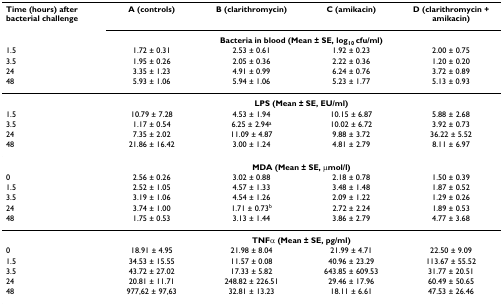
<table><thead><tr><td><b>Time (hours) after bacterial challenge</b></td><td><b>A (controls)</b></td><td><b>B (clarithromycin)</b></td><td><b>C (amikacin)</b></td><td><b>D (clarithromycin + amikacin)</b></td></tr><tr><td></td><td colspan="4"><b>Bacteria in blood (Mean ± SE, log<sub>10 </sub>cfu/ml)</b></td></tr><tr><td><b>1.5</b></td><td><b>1.72 ± 0.31</b></td><td><b>2.53 ± 0.61</b></td><td><b>1.92 ± 0.23</b></td><td><b>2.00 ± 0.75</b></td></tr><tr><td><b>3.5</b></td><td><b>1.95 ± 0.26</b></td><td><b>2.05 ± 0.36</b></td><td><b>2.22 ± 0.36</b></td><td><b>1.20 ± 0.20</b></td></tr><tr><td><b>24</b></td><td><b>3.35 ± 1.23</b></td><td><b>4.91 ± 0.99</b></td><td><b>6.24 ± 0.76</b></td><td><b>3.72 ± 0.89</b></td></tr><tr><td><b>48</b></td><td><b>5.93 ± 1.06</b></td><td><b>5.94 ± 1.06</b></td><td><b>5.23 ± 1.77</b></td><td><b>5.13 ± 0.93</b></td></tr></thead><tbody><tr><td></td><td colspan="4"><b>LPS (Mean ± SE, EU/ml)</b></td></tr><tr><td>1.5</td><td>10.79 ± 7.28</td><td>4.53 ± 1.94</td><td>10.15 ± 6.87</td><td>5.88 ± 2.68</td></tr><tr><td>3.5</td><td>1.17 ± 0.54</td><td>6.25 ± 2.94<sup>a</sup></td><td>10.02 ± 6.72</td><td>3.92 ± 0.73</td></tr><tr><td>24</td><td>7.35 ± 2.02</td><td>11.09 ± 4.87</td><td>9.88 ± 3.72</td><td>36.22 ± 5.52</td></tr><tr><td>48</td><td>21.86 ± 16.42</td><td>3.00 ± 1.24</td><td>4.81 ± 2.79</td><td>8.11 ± 6.97</td></tr><tr><td></td><td colspan="4"><b>MDA (Mean ± SE, μmol/l)</b></td></tr><tr><td>0</td><td>2.56 ± 0.26</td><td>3.02 ± 0.88</td><td>2.18 ± 0.78</td><td>1.50 ± 0.39</td></tr><tr><td>1.5</td><td>2.52 ± 1.05</td><td>4.57 ± 1.33</td><td>3.48 ± 1.48</td><td>1.87 ± 0.52</td></tr><tr><td>3.5</td><td>3.19 ± 1.06</td><td>4.54 ± 1.26</td><td>2.09 ± 1.22</td><td>1.29 ± 0.26</td></tr><tr><td>24</td><td>3.74 ± 1.00</td><td>1.71 ± 0.73<sup>b</sup></td><td>2.72 ± 2.24</td><td>1.89 ± 0.53</td></tr><tr><td>48</td><td>1.75 ± 0.53</td><td>3.13 ± 1.44</td><td>3.86 ± 2.79</td><td>4.77 ± 3.68</td></tr><tr><td></td><td colspan="4"><b>TNFα (Mean ± SE, pg/ml)</b></td></tr><tr><td>0</td><td>18.91 ± 4.95</td><td>21.98 ± 8.04</td><td>21.99 ± 4.71</td><td>22.50 ± 9.09</td></tr><tr><td>1.5</td><td>34.53 ± 15.55</td><td>11.57 ± 0.08</td><td>40.96 ± 23.29</td><td>113.67 ± 55.52</td></tr><tr><td>3.5</td><td>43.72 ± 27.02</td><td>17.33 ± 5.82</td><td>643.85 ± 609.53</td><td>31.77 ± 20.51</td></tr><tr><td>24</td><td>20.81 ± 11.71</td><td>248.82 ± 226.51</td><td>29.46 ± 17.96</td><td>60.49 ± 50.65</td></tr><tr><td>48</td><td>977,62 ± 97,63</td><td>32.81 ± 13.23</td><td>18.11 ± 6.61</td><td>47.53 ± 26.46</td></tr></tbody></table>